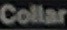
Collar